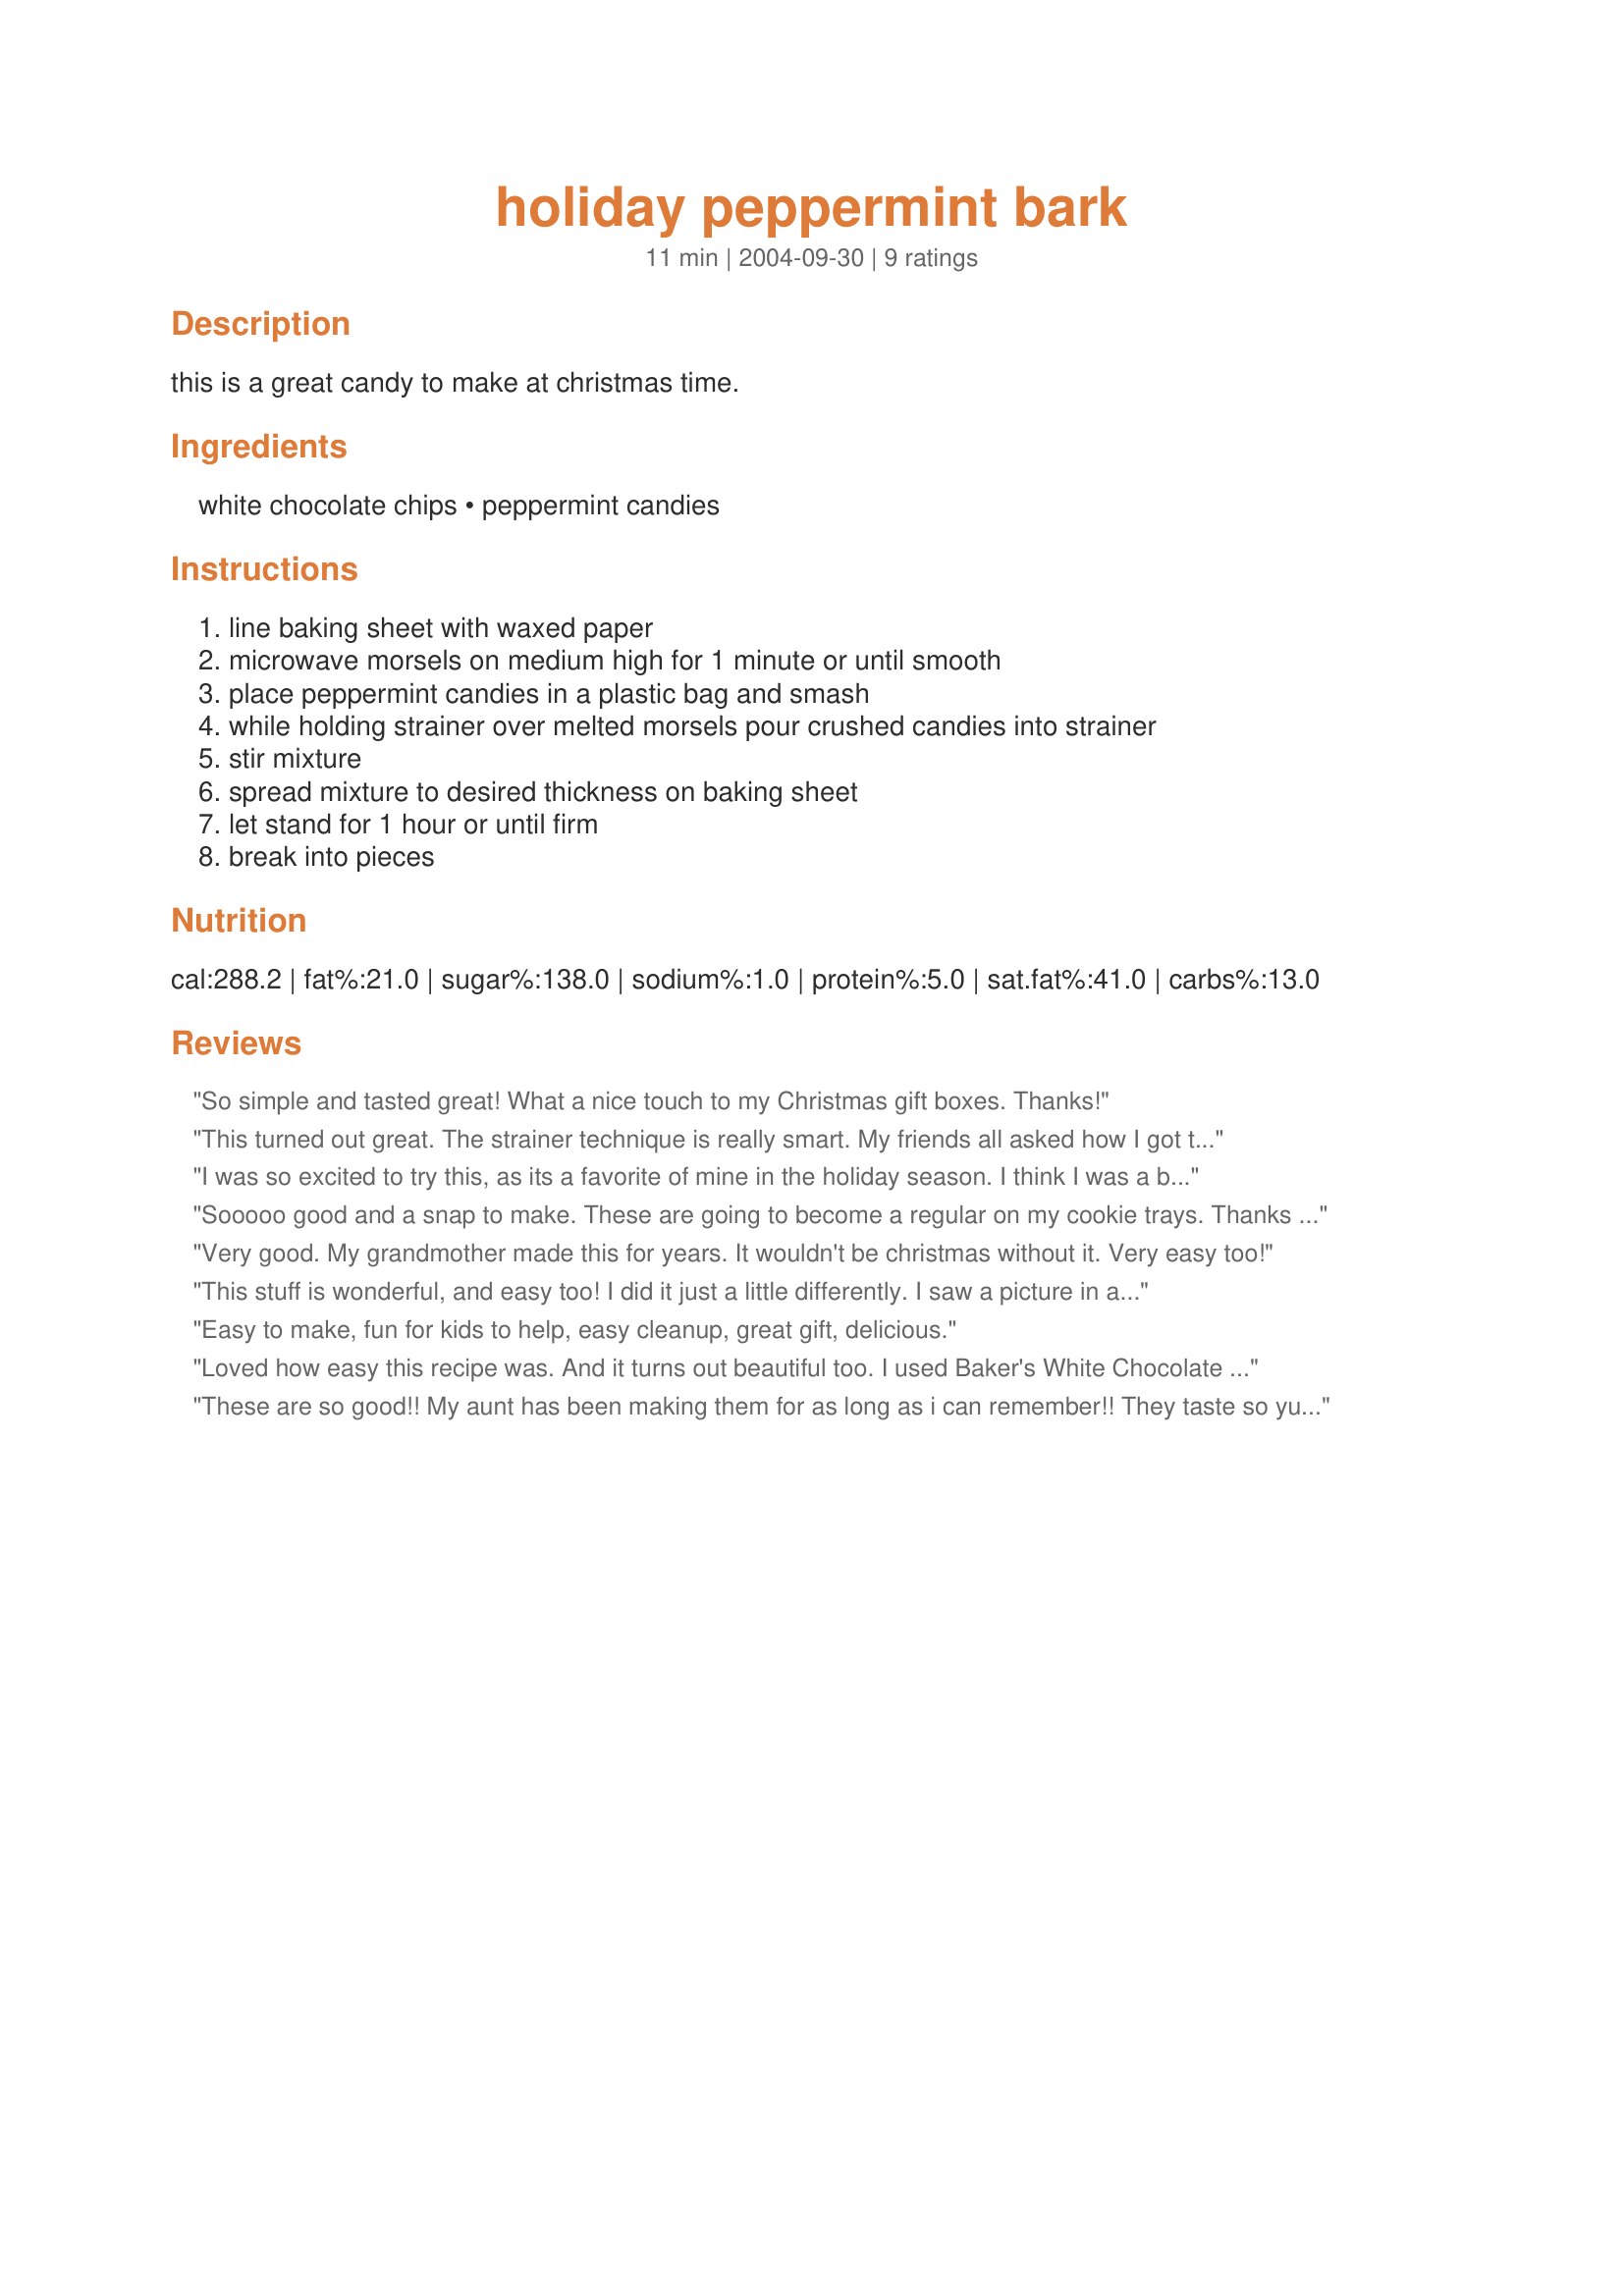
holiday peppermint bark
Preparation time: 11 minutes

this is a great candy to make at christmas time.

Ingredients:
white chocolate chips, peppermint candies

Steps:
line baking sheet with waxed paper, microwave morsels on medium high for 1 minute or until smooth, place peppermint candies in a plastic bag and smash, while holding strainer over melted morsels pour crushed candies into strainer, stir mixture, spread mixture to desired thickness on baking sheet, let stand for 1 hour or until firm, break into pieces

Reviews:
So simple and tasted great! What a nice touch to my Christmas gift boxes. Thanks!
This turned out great. The strainer technique is really smart. My friends all asked how I got the peppermint so evenly distributed through the chocolate. Next time, I will double or triple the batch.
I was so excited to try this, as its a favorite of mine in the holiday season. I think I was a bit TOO excited in that I got my chocolate too hot! (I decided the chance of the chocolate company accidently throwing in one brown chip in my bag of white chips was slim and in fact I burnt the chips.) BUT I marched ahead, b/c by this time I had already taken a hammer to about 10 candy canes (in a baggie, with a towel wrapped around it, of course) After a sprinkling of peppermint on top, I don't think anyone was the wiser and rave reviews followed! Thank you for the recipe!
Sooooo good and a snap to make. These are going to become a regular on my cookie trays. Thanks for sharing.
Very good. My grandmother made this for years. It wouldn't be christmas without it. Very easy too!
This stuff is wonderful, and easy too! I did it just a little differently. I saw a picture in a magazine that I wanted to replicate, so I started with a layer of milk chocolate on the bottom. Once the milk chocolate had hardened, I followed your recipe as is. I used the old-fashioned peppermint balls because I like the flavor and texture better. I'll probably make this again next year. Thanks!
Easy to make, fun for kids to help, easy cleanup, great gift, delicious.
Loved how easy this recipe was. And it turns out beautiful too. I used Baker's White Chocolate and it turned out great. But my Peppermint Bark took about 12 hours to harden at room temperature. Make sure to leave yourself plenty of time.
These are so good!! My aunt has been making them for as long as i can remember!! They taste so yummy!! Adds a good variety and extra color to the christmas candies.
